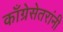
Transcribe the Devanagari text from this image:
काँग्रेसेतरांनी